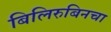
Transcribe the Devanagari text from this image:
बिलिरुबिनचा